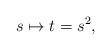
LaTeX: \begin{align*} s \mapsto t = s^2,\end{align*}